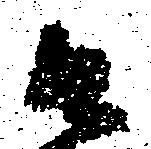
口